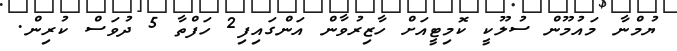
ޔުމްނާ މައުމޫން ސުލޫކީ ކޮމިޓީއަށް ހާޒިރުވާން އަންގައިފި2 ހަފްތާ 5 ދުވަސް ކުރިން.